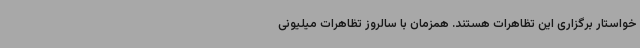
خواستار برگزاری این تظاهرات هستند. همزمان با سالروز تظاهرات میلیونی